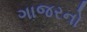
ગાજરનો